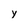
Character: y